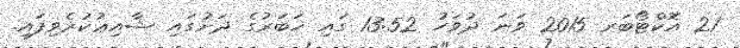
21 އޮކްޓޯބަރ 2015 ވަނަ ދުވަހު 13:52 ގައި ޚަބަރުގެ ދަށުގައި ޝާއިޢުކުރެވިފައި.